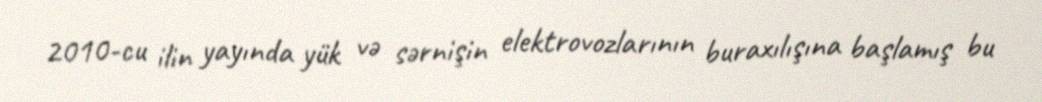
2010-cu ilin yayında yük və sərnişin elektrovozlarının buraxılışına başlamış bu